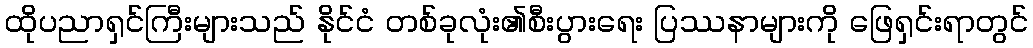
ထိုပညာရှင်ကြီးများသည် နိုင်ငံ တစ်ခုလုံး၏စီးပွားရေး ပြဿနာများကို ဖြေရှင်းရာတွင်